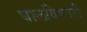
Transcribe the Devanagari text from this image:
घालविणारी